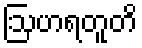
ဩဟရတူတိ